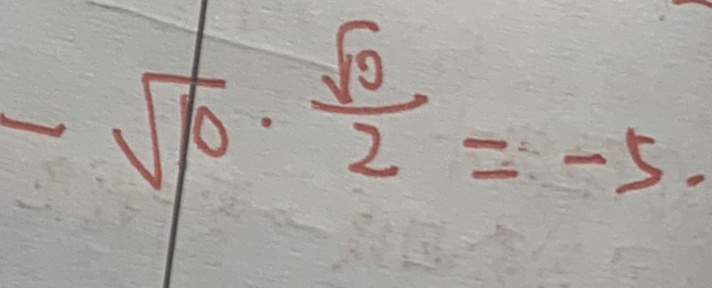
- \sqrt { 1 0 } \cdot \frac { \sqrt { 1 0 } } { 2 } = - 5 .